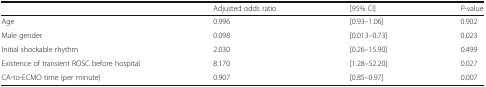
|  | Adjusted odds ratio | [95% CI] | P-value |
 | --- | --- | --- | --- |
 | Age | 0.996 | [0.93–1.06] | 0.902 |
 | Male gender | 0.098 | [0.013–0.73] | 0.023 |
 | Initial shockable rhythm | 2.030 | [0.26–15.90] | 0.499 |
 | Existence of transient ROSC before hospital | 8.170 | [1.28–52.20] | 0.027 |
 | CA-to-ECMO time (per minute) | 0.907 | [0.85–0.97] | 0.007 |